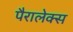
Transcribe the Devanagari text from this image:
पैरालेक्स